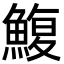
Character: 鰒